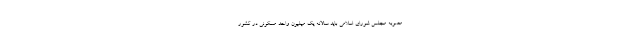
مصوبه مجلس شورای اسلامی باید سالانه یک میلیون واحد مسکونی در کشور